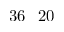
3 6 \_ 2 0